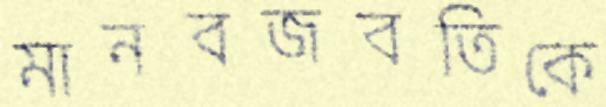
মানবজবতিকে